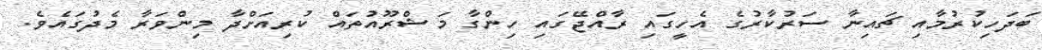
ބަދަހިކުރުމާއި ޗައިނާ ސަރުކާރުގެ އެހީގައި ރާއްޖޭގައި ހިންގާ މަޝްރޫއުތައް ކުރިއަށްދާ މިންވަރާ މެދުގައެވެ.